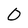
Character: 0